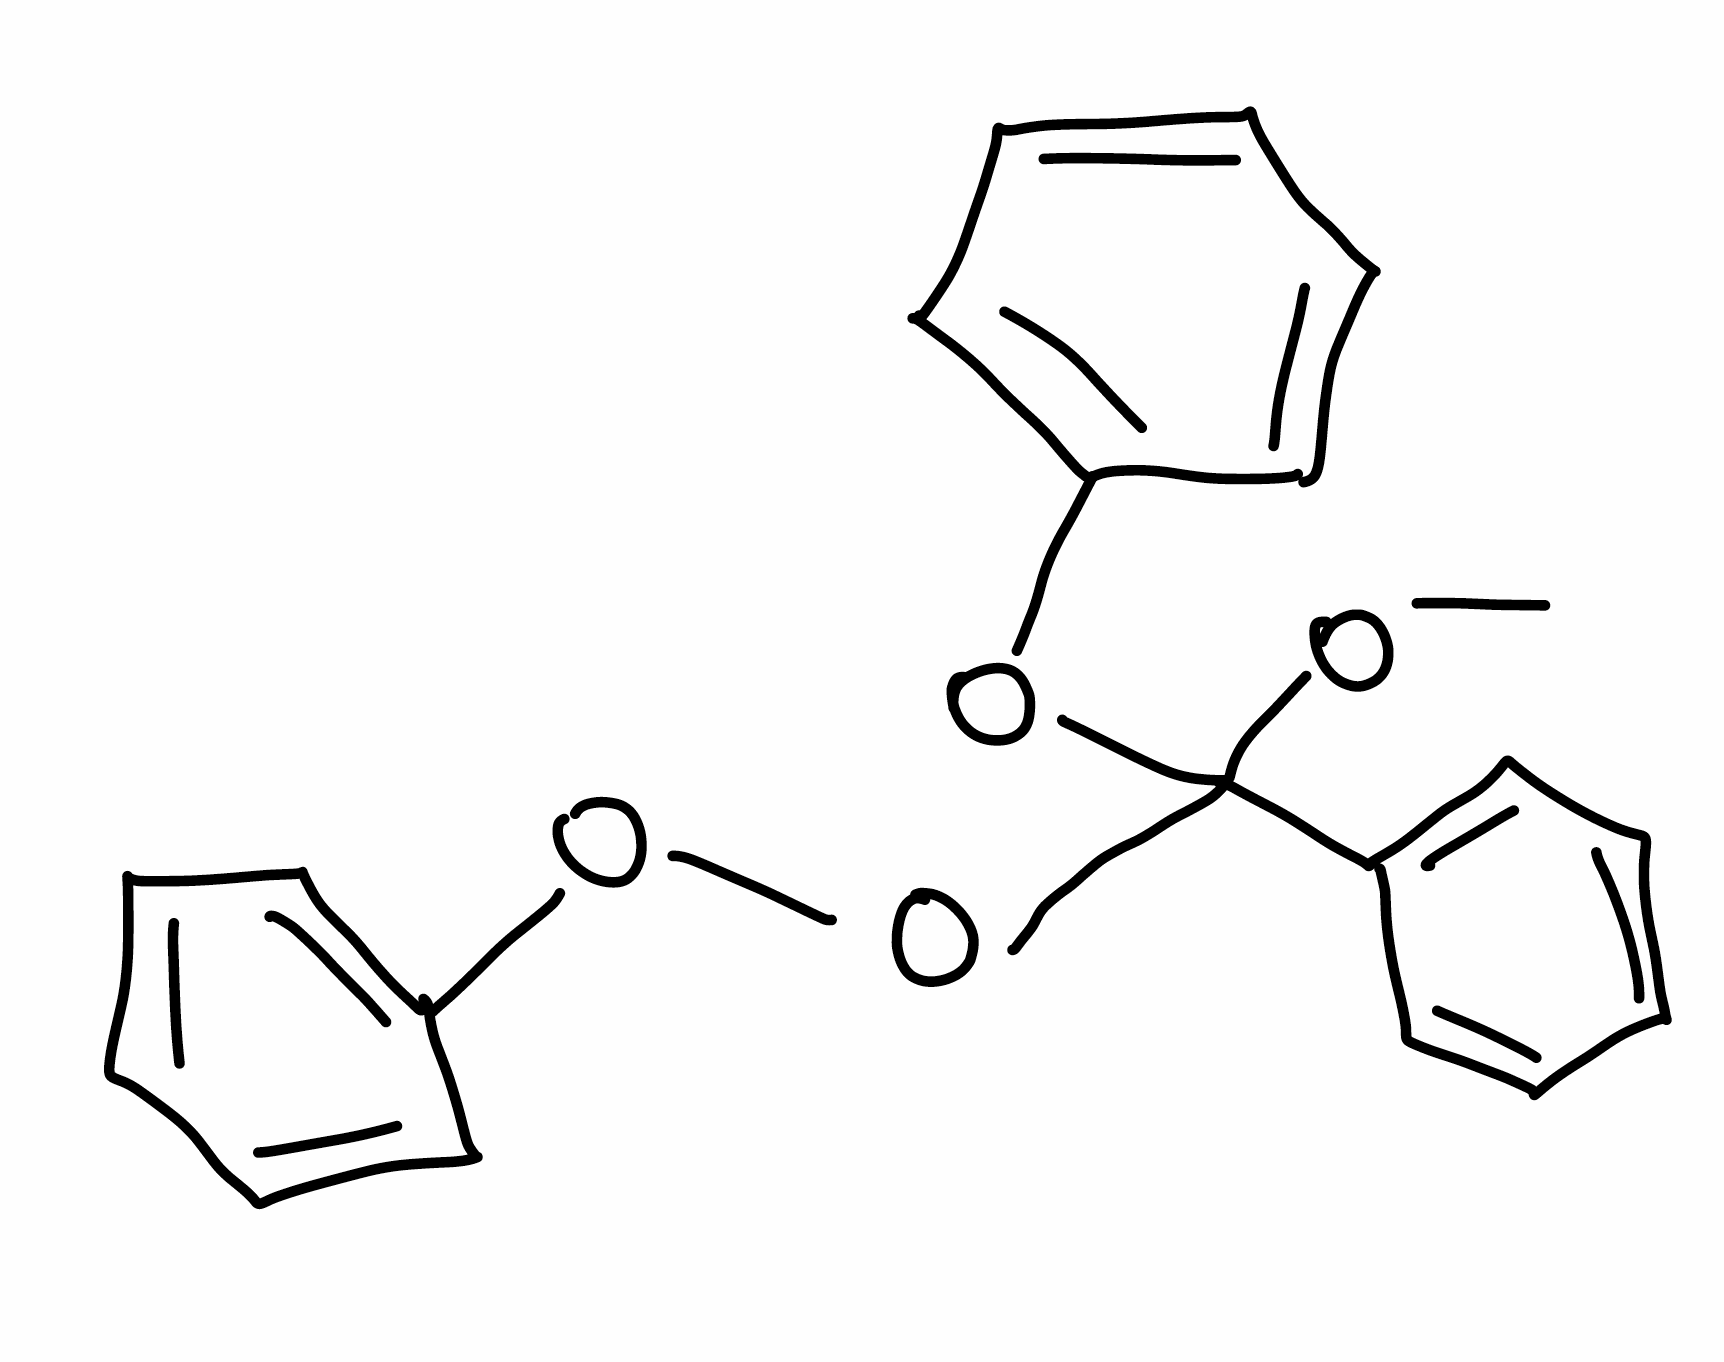
Simplified molecular-input line-entry system (SMILES) notation of the given molecule:
COC(C1=CC=CC=C1)(OC2=CC=CC=C2)OOC3=CC=CC=C3